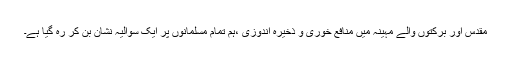
مقدس اور برکتوں والے مہینہ میں منافع خوری و ذخیرہ اندوزی ،ہم تمام مسلمانوں پر ایک سوالیہ نشان بن کر رہ گیا ہے۔